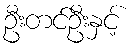
ဦးတင်ဦးနှင့်